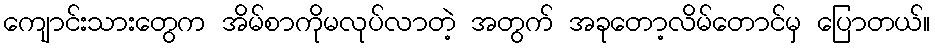
ကျောင်းသားတွေက အိမ်စာကိုမလုပ်လာတဲ့ အတွက် အခုတော့လိမ်တောင်မှ ပြောတယ်။